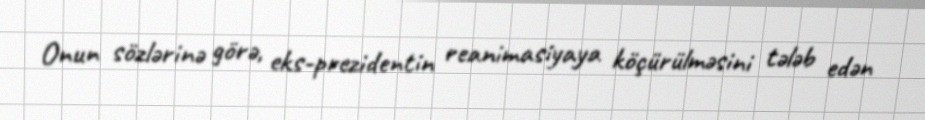
Onun sözlərinə görə, eks-prezidentin reanimasiyaya köçürülməsini tələb edən